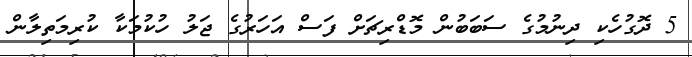
5 ދޮގުހެކި ދިނުމުގެ ސަބަބުން މޮޑްރިޗަށް ފަސް އަހަރުގެ ޖަލު ހުކުމަކާ ކުރިމަތިލާން